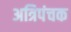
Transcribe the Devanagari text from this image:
अत्रिपंचक